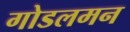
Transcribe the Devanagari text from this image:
गोडलमन